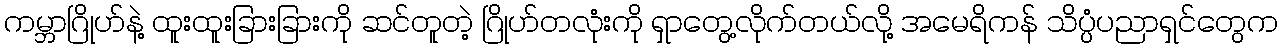
ကမ္ဘာဂြိုဟ်နဲ့ ထူးထူးခြားခြားကို ဆင်တူတဲ့ ဂြိုဟ်တလုံးကို ရှာတွေ့လိုက်တယ်လို့ အမေရိကန် သိပ္ပံပညာရှင်တွေက